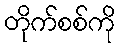
တိုက်စစ်ကို